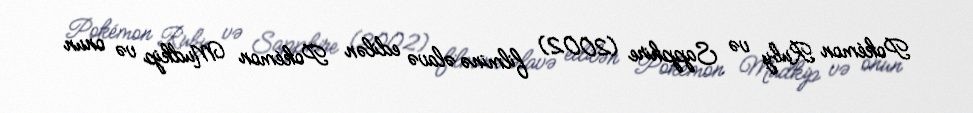
Pokémon Ruby və Sapphire (2002) filminə əlavə edilən Pokémon Mudkip və onun